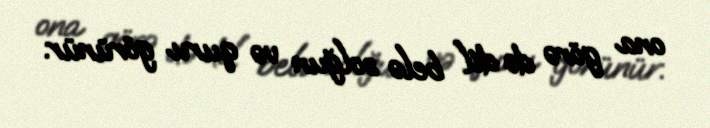
ona görə də dil belə solğun və quru görünür.